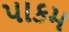
પાકમ